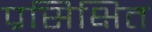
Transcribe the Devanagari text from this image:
प्रसिक्षित